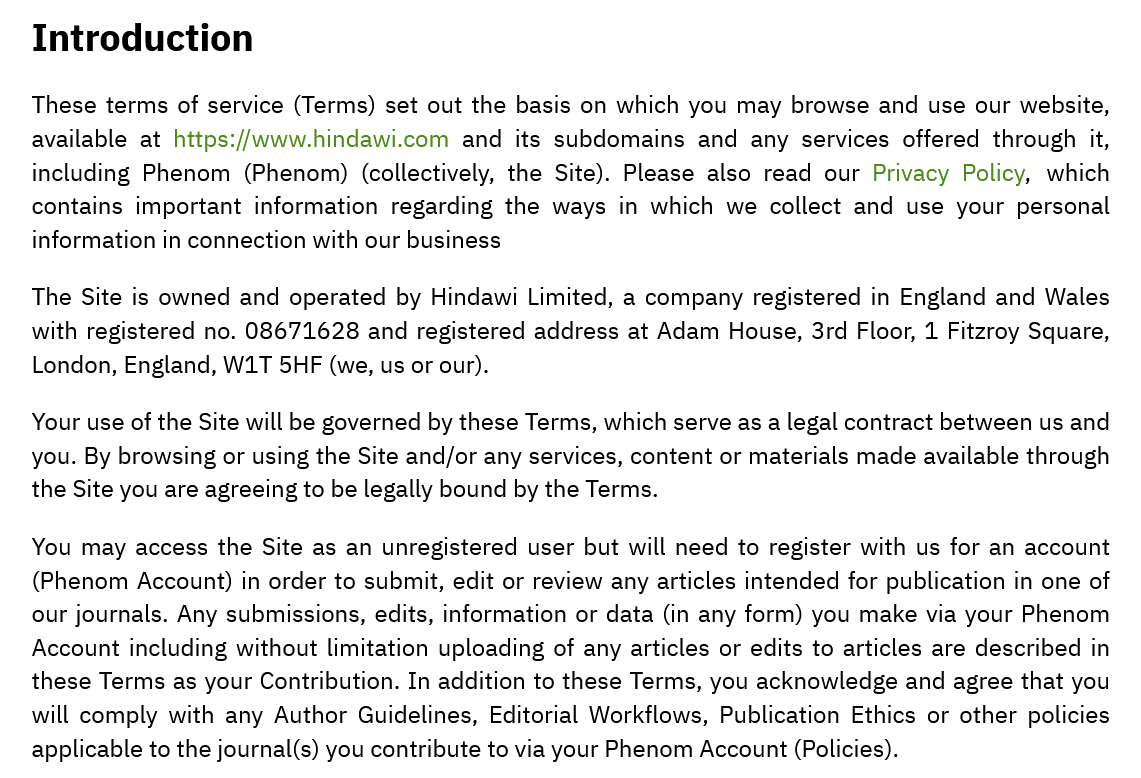
Introduction
   The Site is owned and operated by Hindawi Limited, a company registered in England and Wales
   with registered no. 08671628 and registered address at Adam House, 3rd Floor, 1 Fitzroy Square,
   London, England, W1T 5HF (we, us or our).
   Your use of the Site will be governed by these Terms, which serve as a legal contract between us and
   you. By browsing or using the Site and/or any services, content or materials made available through
   the Site you are agreeing to be legally bound by the Terms.
   You may access the Site as an unregistered user but will need to register with us for an account
   (Phenom Account) in order to submit, edit or review any articles intended for publication in one of
   our journals. Any submissions, edits, information or data (in any form) you make via your Phenom
   Account including without limitation uploading of any articles or edits to articles are described in
   these Terms as your Contribution. In addition to these Terms, you acknowledge and agree that you
   will comply with any Author Guidelines, Editorial Workflows, Publication Ethics or other policies
   applicable to the journal(s) you contribute to via your Phenom Account (Policies).
   These terms of service (Terms) set out the basis on which you may browse and use our website,
   available at https://www.hindawi.com and its subdomains and any services offered through it,
   including Phenom (Phenom)  (collectively, the Site). Please also read our Privacy Policy, which
   contains important information regarding the ways in which we collect and use your personal
   information in connection with our business